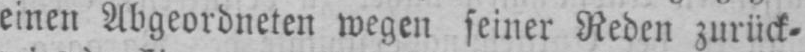
einen Abgeordneten wegen seiner Reden zurück⸗